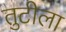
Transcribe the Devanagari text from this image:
तुटीला